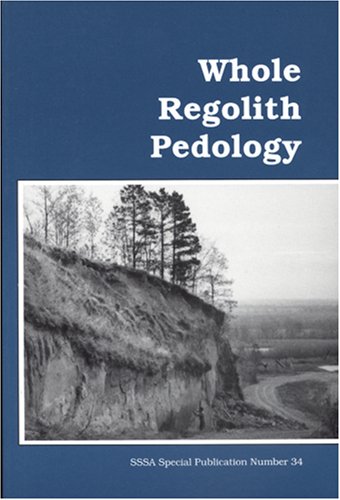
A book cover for Whole Regolith Pedology (S S S A Special Publication); David L. Cremeens; Crafts, Hobbies & Home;